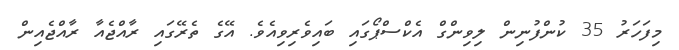
މިފަހަރު 35 ކުންފުނިން ލިވިންގް އެކްސްޕޯގައި ބައިވެރިވިއެވެ. އޭގެ ތެރޭގައި ރާއްޖެއާ ރާއްޖެއިން